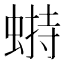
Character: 𧎋